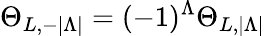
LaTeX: \Theta_{L,-|\Lambda|}=(-1)^{\Lambda}\Theta_{L,|\Lambda|}